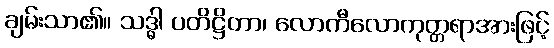
ချမ်းသာ၏။ သဒ္ဓါ ပတိဋ္ဌိတာ၊ လောကီလောကုတ္တရာအားဖြင့်